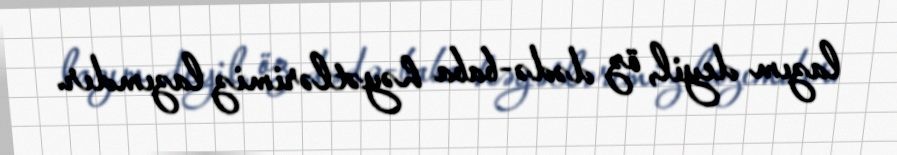
lazım deyil, öz dədə-baba həyətlərimiz lazımdır.